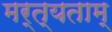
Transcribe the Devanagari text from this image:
मर्त्यताम्